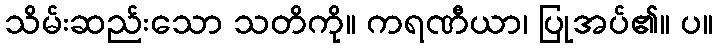
သိမ်းဆည်းသော သတိကို။ ကရဏီယာ၊ ပြုအပ်၏။ ပ။